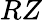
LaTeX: RZ